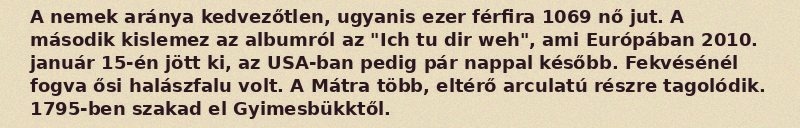
A nemek aránya kedvezőtlen, ugyanis ezer férfira 1069 nő jut. A második kislemez az albumról az "Ich tu dir weh", ami Európában 2010. január 15-én jött ki, az USA-ban pedig pár nappal később. Fekvésénél fogva ősi halászfalu volt. A Mátra több, eltérő arculatú részre tagolódik. 1795-ben szakad el Gyimesbükktől.